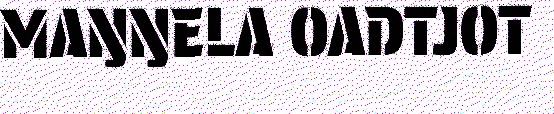
MAŊŊELA OADTJOT